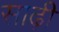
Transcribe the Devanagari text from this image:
साढ़ी